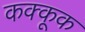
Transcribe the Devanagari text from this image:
कक्कूक